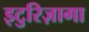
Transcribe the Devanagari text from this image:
इटुरिज़ागा